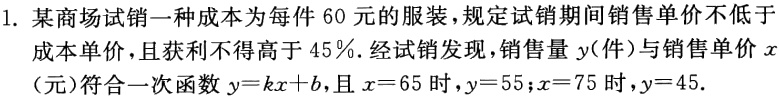
1. 某商场试销一种成本为每件60元的服装，规定试销期间销售单价不低于
成本单价，且获利不得高于45％.经试销发现，销售量\(y\)（件）与销售单价\(x\)
（元）符合一次函数\(y = kx + b\)，且\(x = 65\)时，\(y = 55\)；\(x = 75\)时，\(y = 45\).